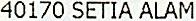
40170 SETIA ALAM